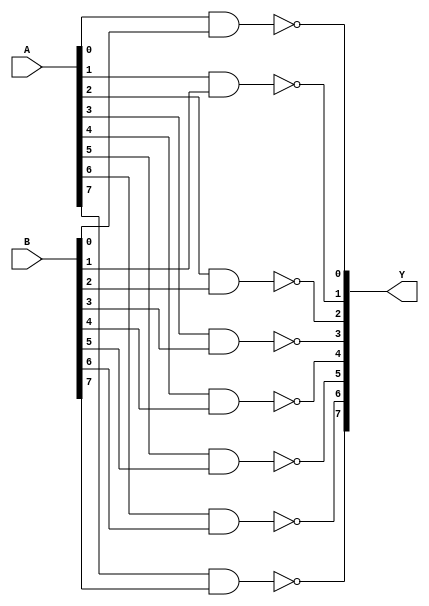
`timescale 1ns / 1ps
//////////////////////////////////////////////////////////////////////////////////
// Company: 
// Engineer: 
// 
// Design Name: 
// Module Name: NAND_gate
// Project Name: 
// Target Devices: 
// Tool Versions: 
// Description: 
// 
// Dependencies: 
// 
// Revision:
// Revision 0.01 - File Created
// Additional Comments:
// 
//////////////////////////////////////////////////////////////////////////////////


module NAND_gate(
output [7:0]Y,
input [7:0]A,B
    );
    nand NAND0(Y[0],A[0],B[0]);
    nand NAND1(Y[1],A[1],B[1]);
    nand NAND2(Y[2],A[2],B[2]);
    nand NAND3(Y[3],A[3],B[3]);
    nand NAND4(Y[4],A[4],B[4]);
    nand NAND5(Y[5],A[5],B[5]);
    nand NAND6(Y[6],A[6],B[6]);
    nand NAND7(Y[7],A[7],B[7]);
endmodule